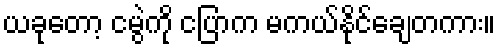
ယခုတော့ ငမွဲကို ငပြာက မကယ်နိုင်ချေတကား။